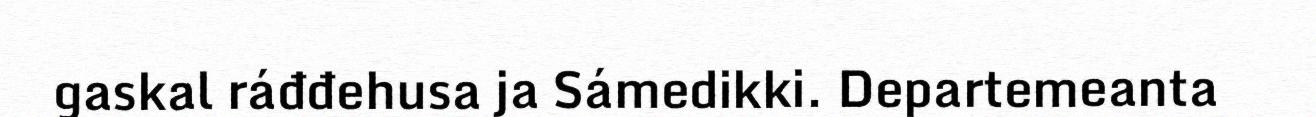
gaskal ráđđehusa ja Sámedikki. Departemeanta